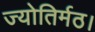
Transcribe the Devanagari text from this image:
ज्योतिर्मठ।